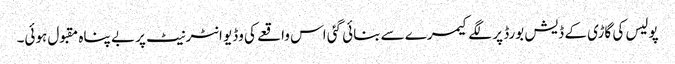
پولیس کی گاڑی کے ڈیش بورڈ پر لگے کیمرے سے بنائی گئی اس واقعے کی وڈیو انٹرنیٹ پر بے پناہ مقبول ہوئی۔